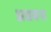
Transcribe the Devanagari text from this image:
अधबना